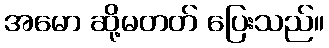
အမော ဆို့မတတ် ပြေးသည်။